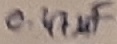
Text: 0.47µF